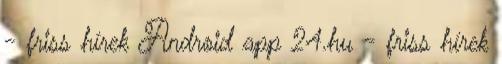
- friss hírek Android app 24.hu - friss hírek